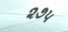
૨૭૫